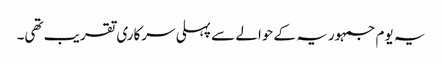
یہ یوم جمہوریہ کے حوالے سے پہلی سرکاری تقریب تھی۔